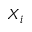
X _ { i }